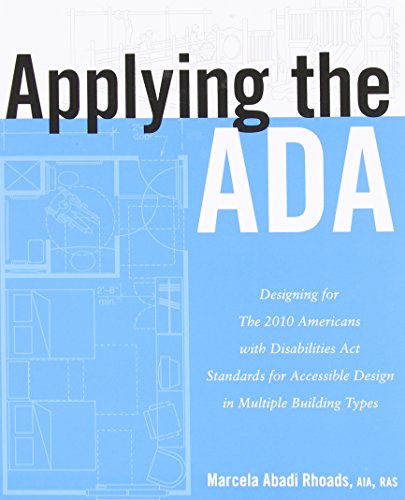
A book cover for Applying the ADA: Designing for The 2010 Americans with Disabilities Act Standards for Accessible Design in Multiple Building Types; Marcela A. Rhoads; Law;